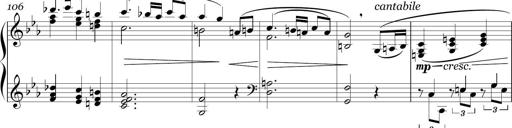
Title: Sonatina in E minor
Composer: Shuwen Zhang
Key: E minor